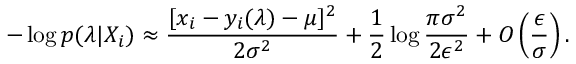
- \log p ( \boldsymbol { \lambda } | X _ { i } ) \approx \frac { [ x _ { i } - y _ { i } ( \boldsymbol { \lambda } ) - \mu ] ^ { 2 } } { 2 \sigma ^ { 2 } } + \frac { 1 } { 2 } \log \frac { \pi \sigma ^ { 2 } } { 2 \epsilon ^ { 2 } } + O \left( \frac { \epsilon } { \sigma } \right) .